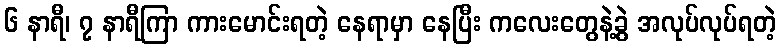
၆ နာရီ၊ ၇ နာရီကြာ ကားမောင်းရတဲ့ နေရာမှာ နေပြီး ကလေးတွေနဲ့ခွဲ အလုပ်လုပ်ရတဲ့